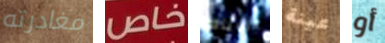
مغادرته خاص ألاباما عينة أو